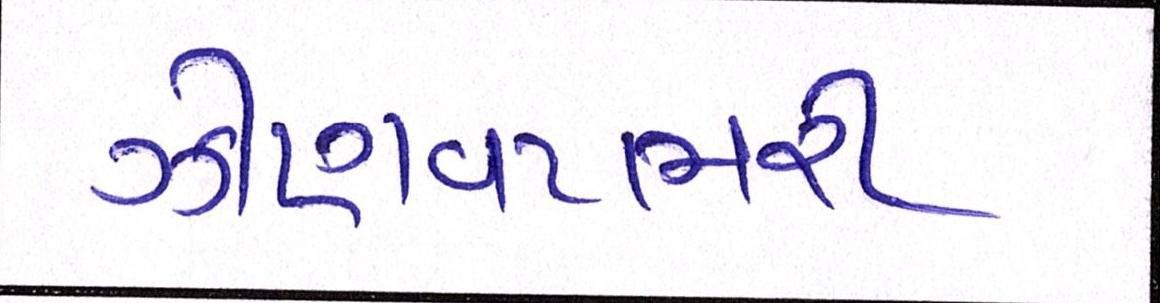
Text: ઝીણવટભરી